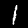
Digit: 1